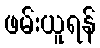
ဖမ်းယူရန်